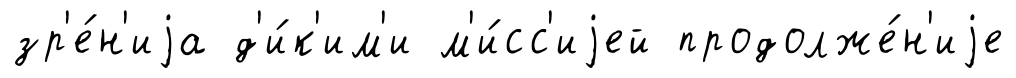
зр'е́н'иjа д'и́к'им'и м'и́сс'иjей продолже́н'иjе